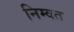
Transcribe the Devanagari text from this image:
निम्वत